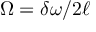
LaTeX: \Omega = \delta \omega / 2 \ell